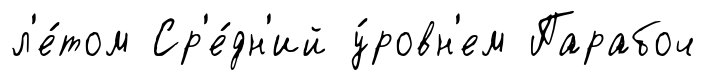
л'е́том Ср'е́дн'ий у́ровн'ем Парабоч